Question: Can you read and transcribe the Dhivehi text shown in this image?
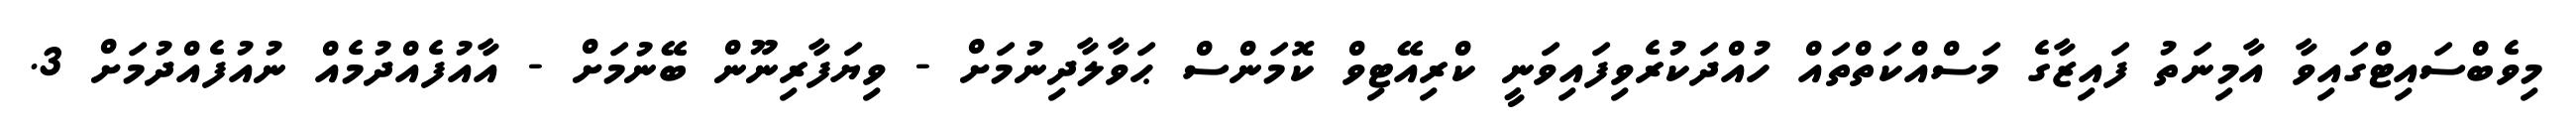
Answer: މިވެބްސައިޓްގައިވާ އާމިނަތު ފައިޒާގެ މަސްއްކަތްތައް ހުއްދަކުރެވިފައިވަނީ ކްރިއޭޓިވް ކޮމަންސް ޙަވާލާދިނުމަށް - ވިޔަފާރިނޫން ބޭނުމަށް - އާއުފެއްދުމެއް ނުއުފެއްދުމަށް 3.